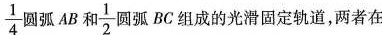
\frac{1}{4}圆弧AB和 \frac{1}{2}圆弧BC组成的光滑固定轨道，两者在